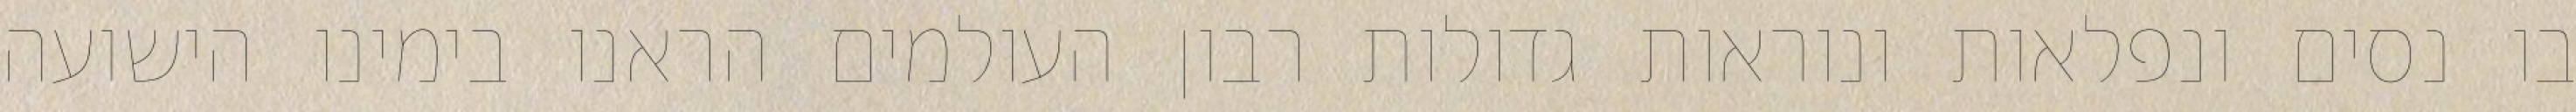
בו נסים ונפלאות ונוראות גדולות רבון העולמים הראנו בימינו הישועה